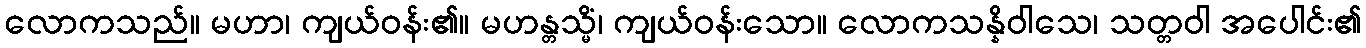
လောကသည်။ မဟာ၊ ကျယ်ဝန်း၏။ မဟန္တသ္မိံ၊ ကျယ်ဝန်းသော။ လောကသန္နိဝါသေ၊ သတ္တဝါ အပေါင်း၏